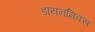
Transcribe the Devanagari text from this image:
डायनमिक्स